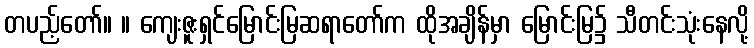
တပည့်တော်။ ။ ကျေးဇူးရှင်မြောင်းမြဆရာတော်က ထိုအချိန်မှာ မြောင်းမြ၌ သီတင်းသုံးနေလို့